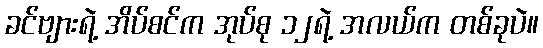
ခင်ဗျားရဲ့ အိပ်စင်က အုပ်စု ၁၂ရဲ့ အလယ်က တစ်ခုပဲ။